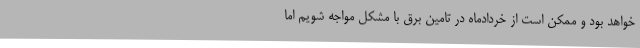
خواهد بود و ممکن است از خردادماه در تامین برق با مشکل مواجه شویم اما